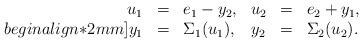
LaTeX: \begin{align*} \begin{array}{rcllll} u_1 & = & e_1 - y_2, & u_2 &= &e_2 + y_1, \\begin{align*}2mm] y_1 & = & \Sigma_1(u_1), & y_2 &= &\Sigma_2(u_2).\end{array}\end{align*}